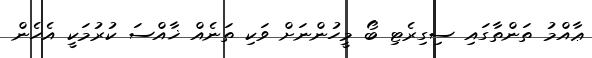
ޢާއްމު ތަންތާގައި ސިގިރެޓި ބޯ މީހުންނަށް ވަކި ތަނެއް ޚާއްސަ ކުރުމަކީ އެހެން